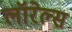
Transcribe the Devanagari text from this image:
लॉरेल्स